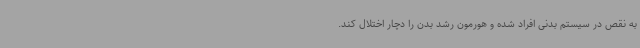
به نقص در سیستم بدنی افراد شده و هورمون رشد بدن را دچار اختلال کند.